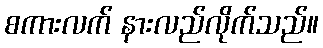
စကားလက် နားလည်လိုက်သည်။